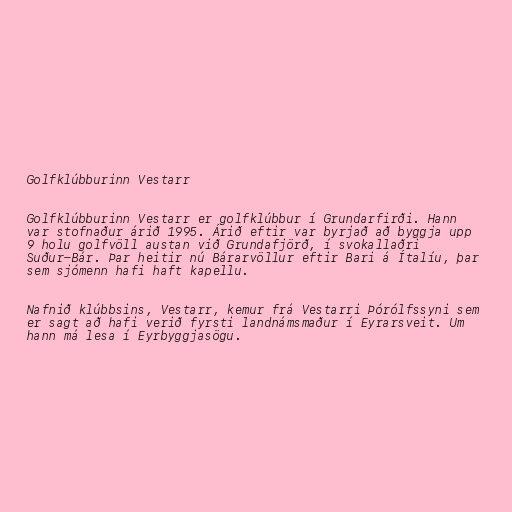
Golfklúbburinn Vestarr

Golfklúbburinn Vestarr er golfklúbbur í Grundarfirði. Hann
var stofnaður árið 1995. Árið eftir var byrjað að byggja upp
9 holu golfvöll austan við Grundafjörð, í svokallaðri
Suður-Bár. Þar heitir nú Bárarvöllur eftir Bari á Ítalíu, þar
sem sjómenn hafi haft kapellu.

Nafnið klúbbsins, Vestarr, kemur frá Vestarri Þórólfssyni sem
er sagt að hafi verið fyrsti landnámsmaður í Eyrarsveit. Um
hann má lesa í Eyrbyggjasögu.